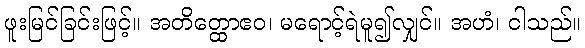
ဖူးမြင်ခြင်းဖြင့်။ အတိတ္ထောဧဝ၊ မရောင့်ရဲမူ၍လျှင်။ အဟံ၊ ငါသည်။